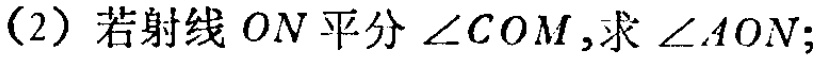
(2) 若射线 \(ON\) 平分 \(\angle COM\)，求 \(\angle AON\)；